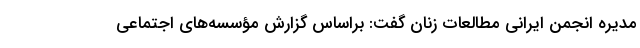
مدیره انجمن ایرانی مطالعات زنان گفت: براساس گزارش مؤسسه‌های اجتماعی